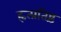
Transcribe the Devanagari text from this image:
हृत्प्रतिष्ठं